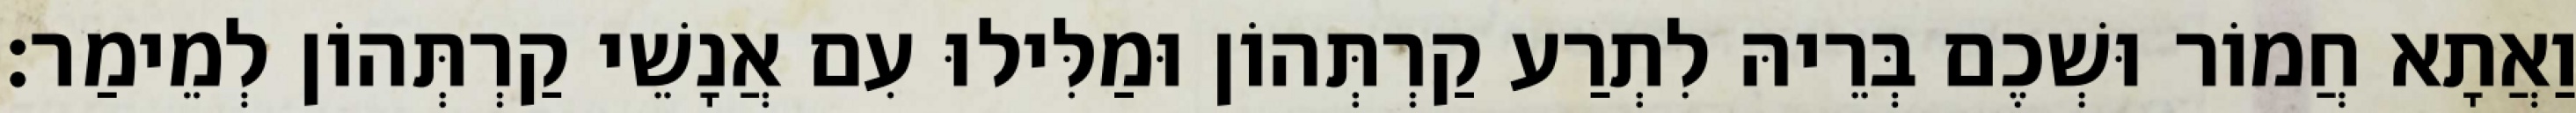
וַאֲתָא חֲמוֹר וּשְׁכֶם בְּרֵיהּ לִתְרַע קַרְתְּהוֹן וּמַלִּילוּ עִם אֲנָשֵׁי קַרְתְּהוֹן לְמֵימַר׃